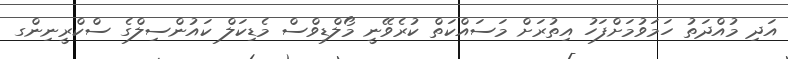
އަދި މުއްދަތު ހަމަވުމަށްފަހު އިތުރަށް މަސައްކަތް ކުރެވޭނީ މޯލްޑިވްސް މެޑިކަލް ކައުންސިލްގެ ސްކްރީނިންގ